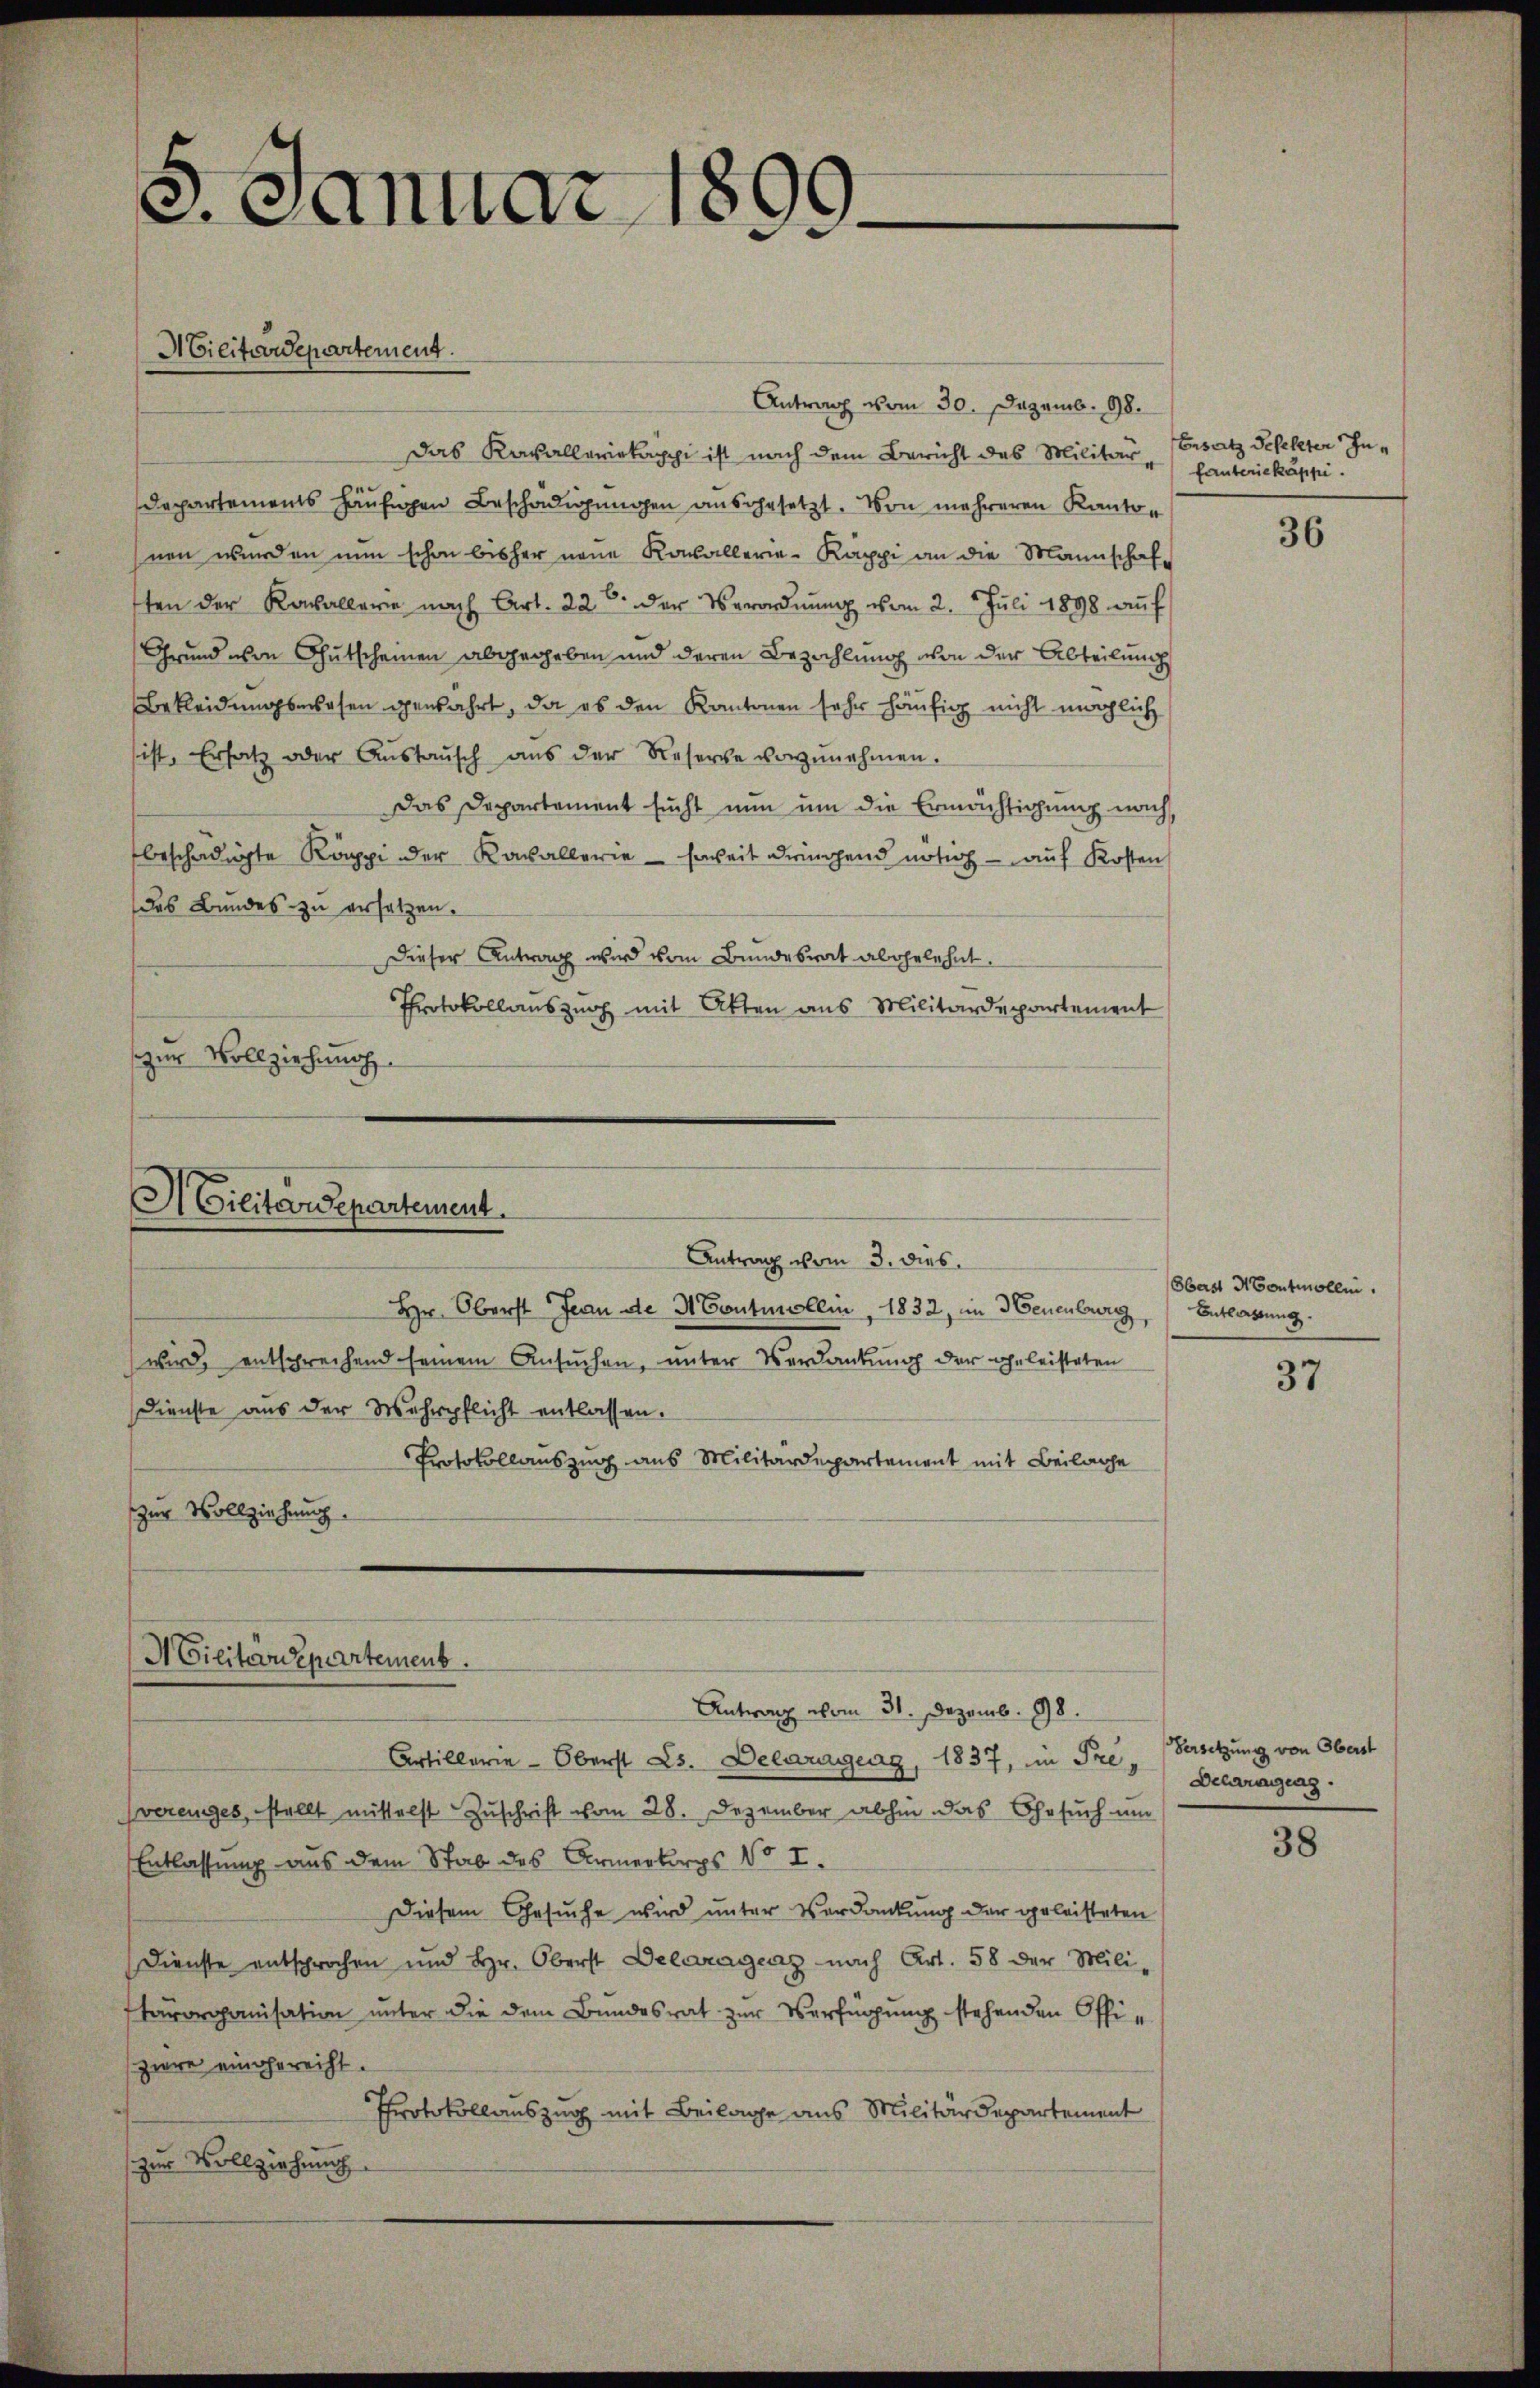
3. Januar 1890.

Antrag vom 30. Dezemb. 98.
Das Kavalleriekappi ist nach dem Bericht des Militär¬
Departements häufigen Beschädigungen ausgesetzt. Von mehreren Kanton
nen wurden nun schon bisher neue Kavallerie-Käppi an die Mannschafften der Kavallere nach Art. 22 der Verordnŭng vom 2. Juli 1898 aŭf
Grund von Gutscheinen abgegeben und deren Bezahlung von der Abteilung
Bekleidungswesen gewahrt, da es den Kantonen sehr häufig nicht möchlich
sist. Ersatz oder Aŭstaŭsch aus der Reserche vorzŭnehmen.
Das Departement sucht nun um die Ermächtigung nach
beschädigte Käppi der Kavallerie - soweit dringend nötig — auf Kosten
das Bundes zu ersetzen.
Dieser Antrag wird vom Bundesrat abgelehnt.
Protokollauszug mit Akten aus Militärdepartement
zur Vollziehung

Hilitardepartement.
Antrag vom 3. dies

Hr. Oberst Jean die H. Contuellin, 1832, im Neuenburg, Entlassung.
wird, entsprechend seinem Ansuchen, unter Verdankung der Eheleisteten
Dienste aus der Wehrpflicht entlassen.
Protokollauszug aus Militärdepartement mit Beilage
zur Vollziehung.

ACilitärdepartement.

H Cilitain Separtement.

Ersetz defekter Infanteriekappi.

Antrag vom 31. Dezemb. 98.
Artillerie-Oberst L. Delaragung, 1837, in Pre, Versetzung von Oberst
vereiges, stellt mittelst Zuschrift vom 28. Dezember abhin das Gesuch um
Entlassung aus dem Stab des Armenbergs No I.
Diesem Gesuche wird unter Verdankung der geleisteten
Dienste entsprochen und Hr. Oberst Delaragenz nach Art. 58 der Mili-
tärorganisation unter die dem Bundesrat zur Verfügung stehenden Offizire eingereicht.
Protokollauszug mit Beilage aus Militärdepartement
zur Vollziehung

36

Oberst Montmollin

37

Delaragung.

38